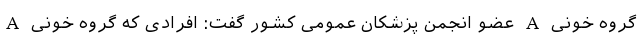
گروه خونی A عضو انجمن پزشکان عمومی کشور گفت: افرادی که گروه خونی A